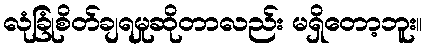
လုံခြုံစိတ်ချရမှုဆိုတာလည်း မရှိတော့ဘူး။